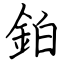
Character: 鉑